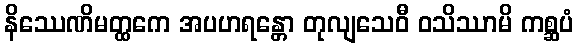
နိဿေဏိမတ္ထကေ အပဟရန္တော တုလျသေဝီ ဝသိဿာမိ ကစ္ဆပံ